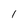
Character: 1